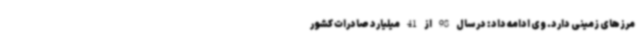
مرزهای زمینی دارد. وی ادامه داد: در سال 98 از 41 میلیارد صادرات کشور